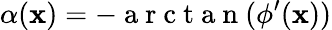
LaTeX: \alpha(\mathbf{x})=-\mathrm{{~a~r~c~t~a~n~}}(\phi^{\prime}(\mathbf{x}))